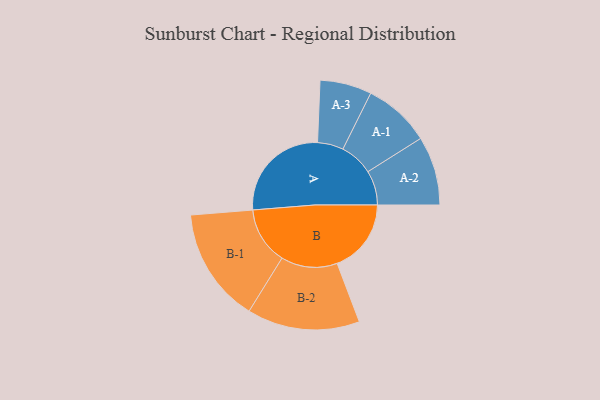
{"axis": {"x": "Segment", "y": "Value"}, "legend": ["", "A", "B"], "data": [{"x": "A", "y": 409, "type": ""}, {"x": "B", "y": 292, "type": ""}, {"x": "A-1", "y": 132, "type": "A"}, {"x": "A-2", "y": 136, "type": "A"}, {"x": "A-3", "y": 102, "type": "A"}, {"x": "B-1", "y": 226, "type": "B"}, {"x": "B-2", "y": 222, "type": "B"}]}